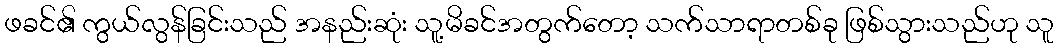
ဖခင်၏ ကွယ်လွန်ခြင်းသည် အနည်းဆုံး သူ့မိခင်အတွက်တော့ သက်သာရာတစ်ခု ဖြစ်သွားသည်ဟု သူ